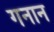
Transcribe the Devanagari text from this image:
गनान